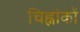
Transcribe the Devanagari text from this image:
चिह्नांकों